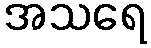
အသရေ